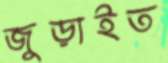
জুড়াইত